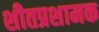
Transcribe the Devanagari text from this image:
शीतप्रशामक